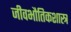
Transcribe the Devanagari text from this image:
जीवभौतिकशास्त्र